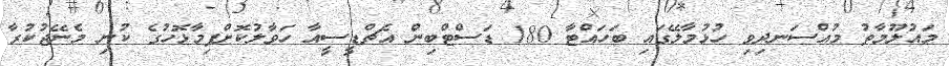
މައުލޫމާތު މުއްސަނދިވި ހުޅުމާލޭގައި ބަހައްޓާ 180 ޑަސްޓްބިން އެޗްޑީސީއާ ހަވާލުކޮށްފިމާޅޮހުގެ ކުނި މެނޭޖުކުރާ